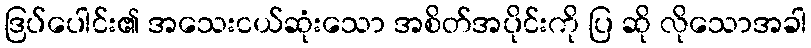
ဒြပ်ပေါင်း၏ အသေးငယ်ဆုံးသော အစိတ်အပိုင်းကို ပြ ဆို လိုသောအခါ